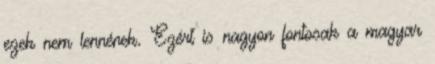
ezek nem lennének. Ezért is nagyon fontosak a magyar